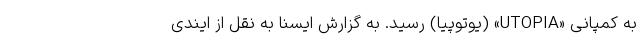
به کمپانی «UTOPIA» (یوتوپیا) رسید. به گزارش ایسنا به نقل از ایندی